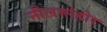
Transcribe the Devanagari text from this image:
नीलमोहोर